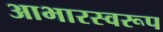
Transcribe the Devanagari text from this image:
आभारस्वरूप